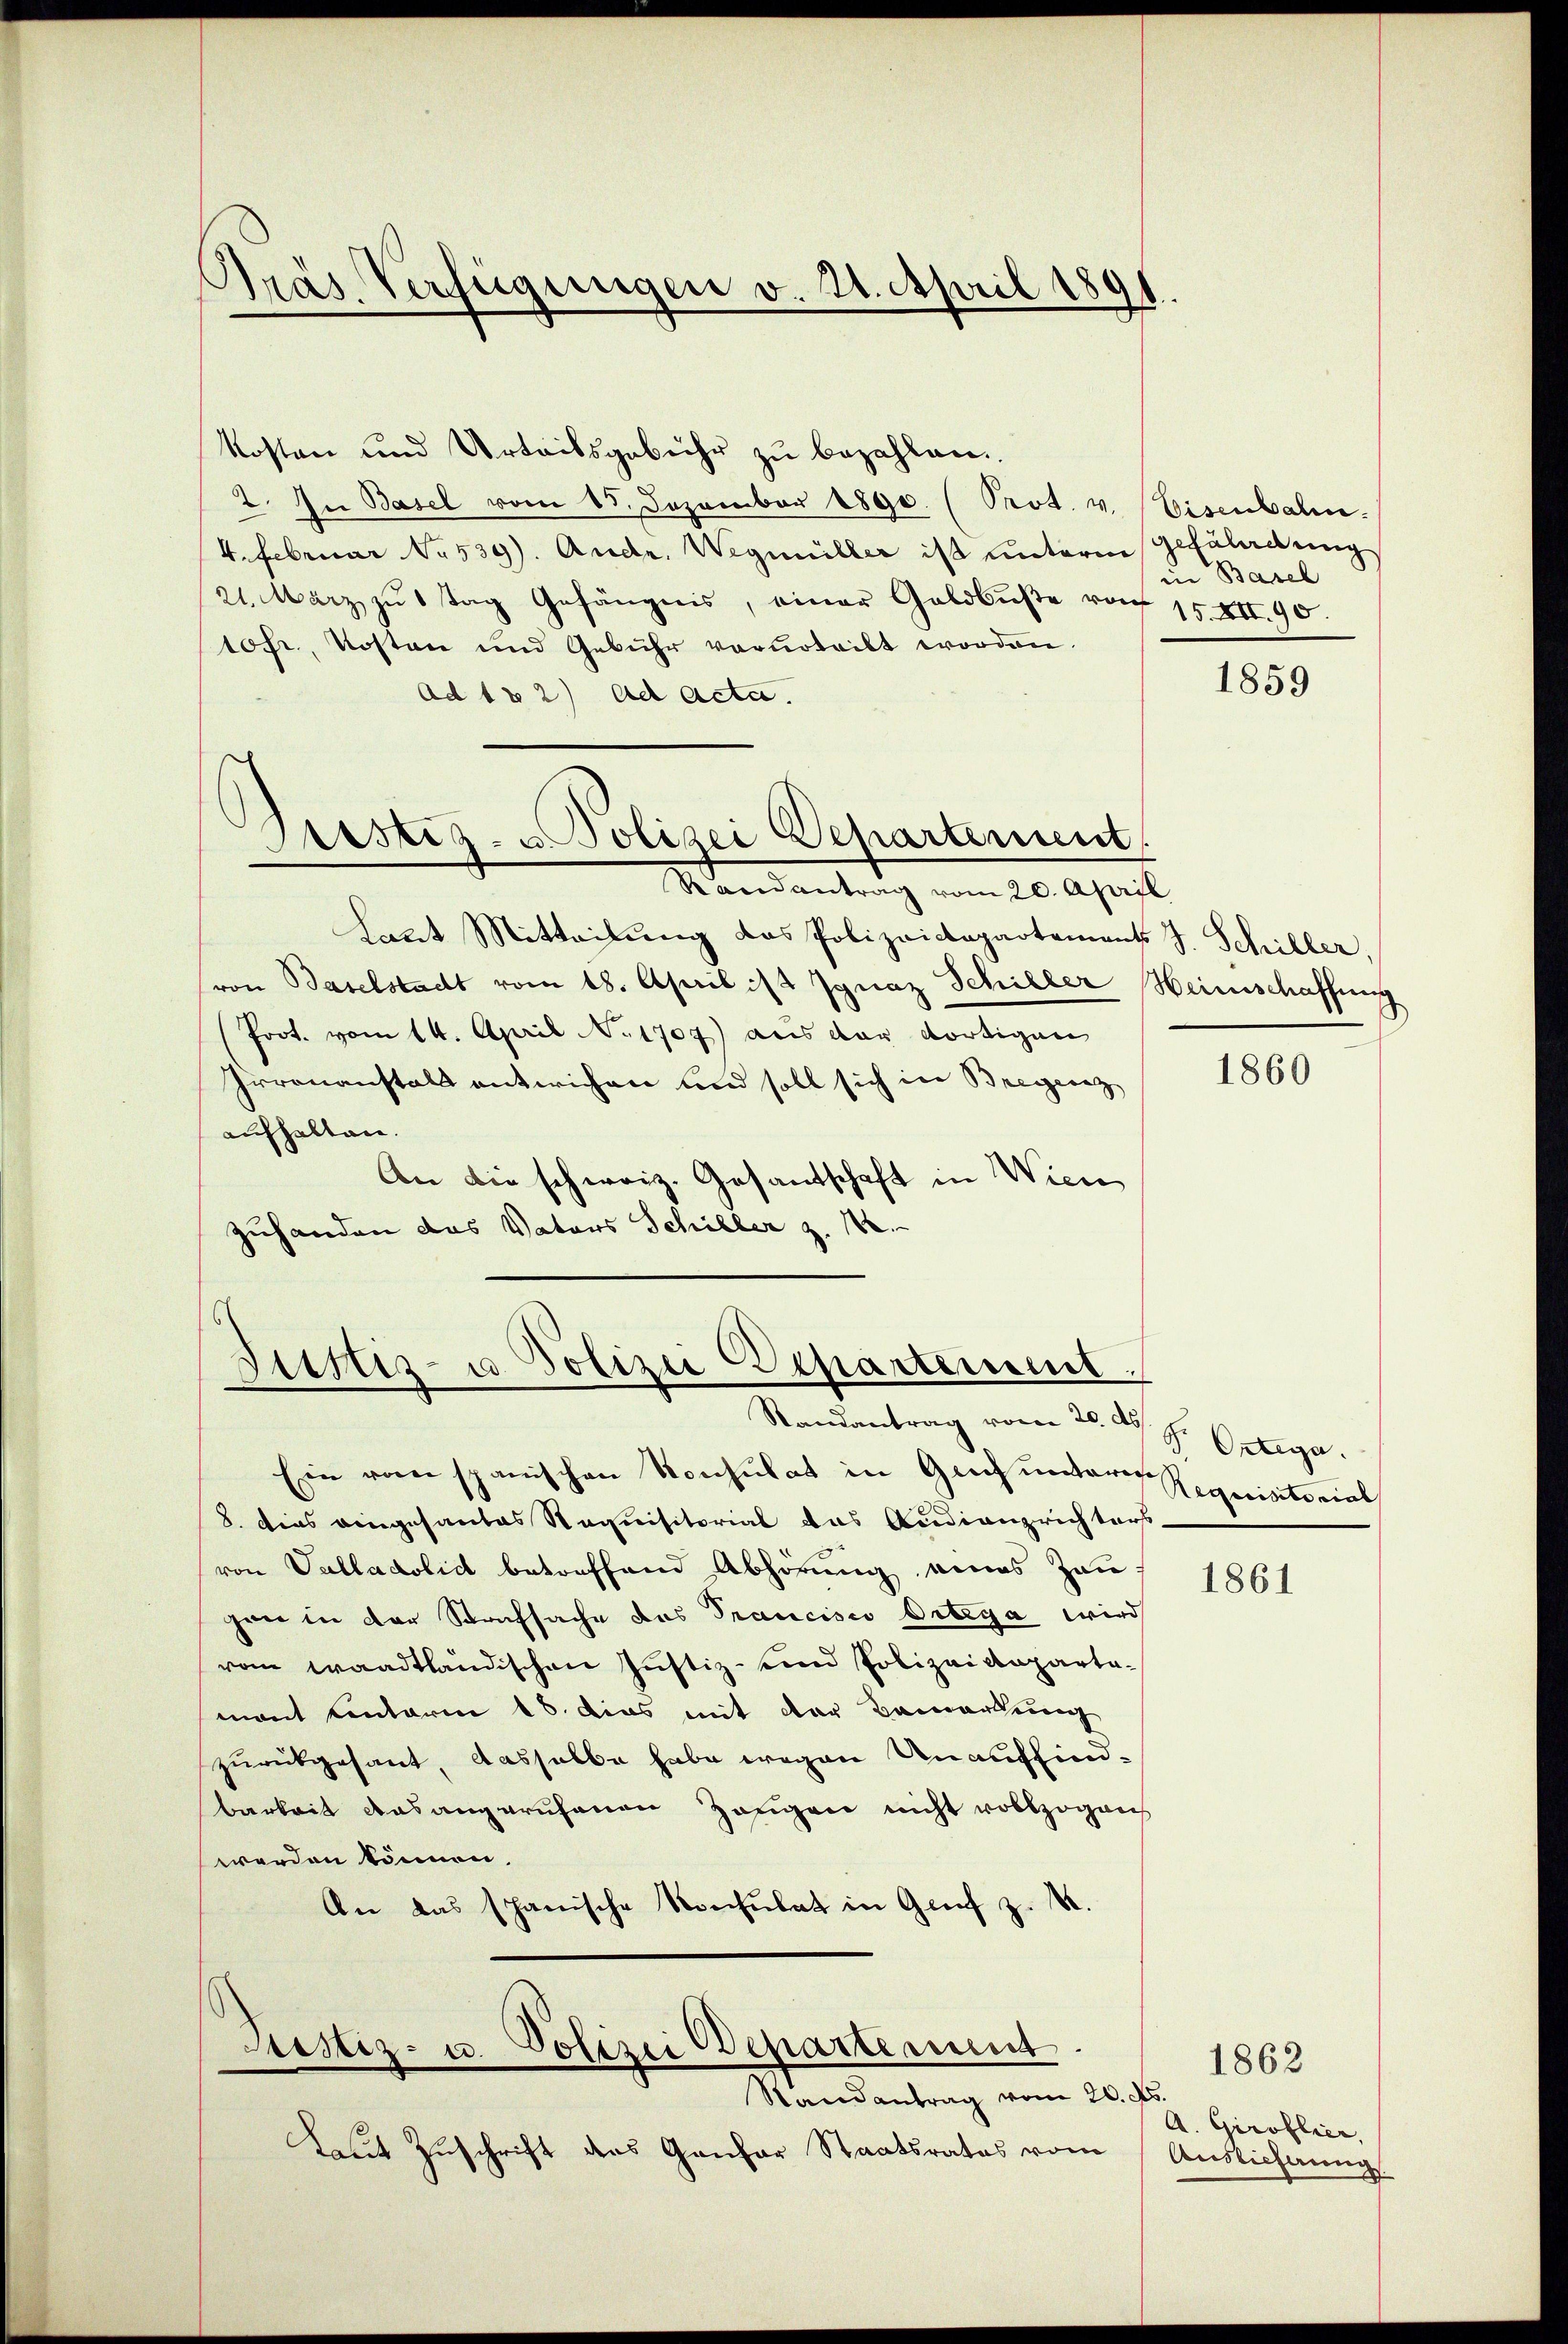
Pras Verfügungen v. 21. April 1891

kosten und Urteilsgebühr zu bezahlen.
2. In Basel vom 15. Dezember 1890. (Prot. v. Eisenbahn.
4. Februar No. 539). Andr. Wegmüller ist unterm 9. Fladung
21. März zu 1 Tag Gefängnis, einer Geldbuße von
10fr., Kosten und Gebühr verurteilt worden.
Ad 182) ad Acta.
Randantrag vom 20. April
Laut Mitteilung das Polizeictapartements J. Schiller,
(von Baselstadt vom 18. April ist Ignaz Schiller Heimschaffung
(Prot. vom 14. April o 1707) aus der dortigen
Irrenanstals entwichen und soll sich in Bregenz
aufhalten.
An die schweiz. Gesantschaft in Wien
zuhanden das Vaters Schiller z. 182.

Sistiz- u Polizei Departement

Justiz- u Polizei Departement.

Justiz- u. Polizei Departiment.
Randantrag vom 20. No.

Laut Zuschrift ders Gantar Staatsrates vom

in Basel
15.XII. 90.

Randantrag vom 20. ds.
Ein von spanischen Konsulat in Grich unteres Requisitorial
8. dies eingesantes Staquisitorial das Audienzrichters
von Valladolid betreffend Abhörung eines Zau
henne in der Strafsache das Trancisco Ortega wird
vom waadtländischen Justiz- und Polizeikaparta-
mant Contaria 18. dies mit der Bemerkung
zurückgesant, dasselbe habe wegen Unauffindbarkeit aus angerufenen Zeugen nicht vollzogen
werden können.
An das spanische Rochulat in Grief z. B.

1859

1860

Pr. Ortega.

1861

A. Giroflier,
Auslieferung

1862